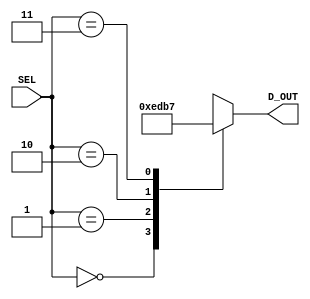
`timescale 1ns / 1ps
//////////////////////////////////////////////////////////////////////////////////
// Company: Ratner Surf Designs
// 
// Design Name: 
// Module Name: stand_dcdr_2t4_1cold
// Project Name: 
// Target Devices: 
// Tool Versions: 
// Description: 2:4 standard decoder with 1-cold outputs
//
//  USEAGE: 
//
//  stand_dcdr_2t4_1cold  my_stand_dcdr  (
//       .SEL    (my_sel), 
//       .D_OUT  (my_d_out)  ); 
// 
// Dependencies: 
// 
// Revision History:
// Revision 1.00 - File Created: 11-04-2018

// Additional Comments:
// 
//////////////////////////////////////////////////////////////////////////////////

   
 module stand_dcdr_2t4_1cold(SEL, D_OUT); 
    input  [1:0] SEL; 
    output reg [3:0] D_OUT;  
       
   
    //- standard decoder for display multiplex 
    always @ (SEL)
    begin
       case (SEL)
          0: D_OUT = 4'b1110;  
          1: D_OUT = 4'b1101; 
          2: D_OUT = 4'b1011;
          3: D_OUT = 4'b0111;
          default D_OUT = 0; 
       endcase 
    end 
	
	endmodule